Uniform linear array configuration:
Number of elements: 8
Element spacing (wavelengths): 0.25
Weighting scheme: cosine
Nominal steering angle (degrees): -45
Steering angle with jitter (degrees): -45.05
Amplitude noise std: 0.05
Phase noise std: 0.05

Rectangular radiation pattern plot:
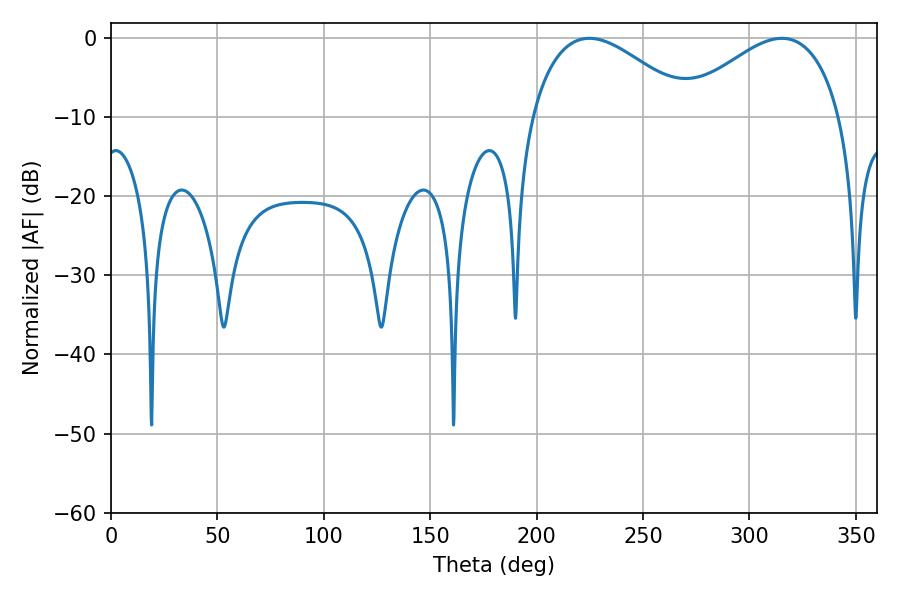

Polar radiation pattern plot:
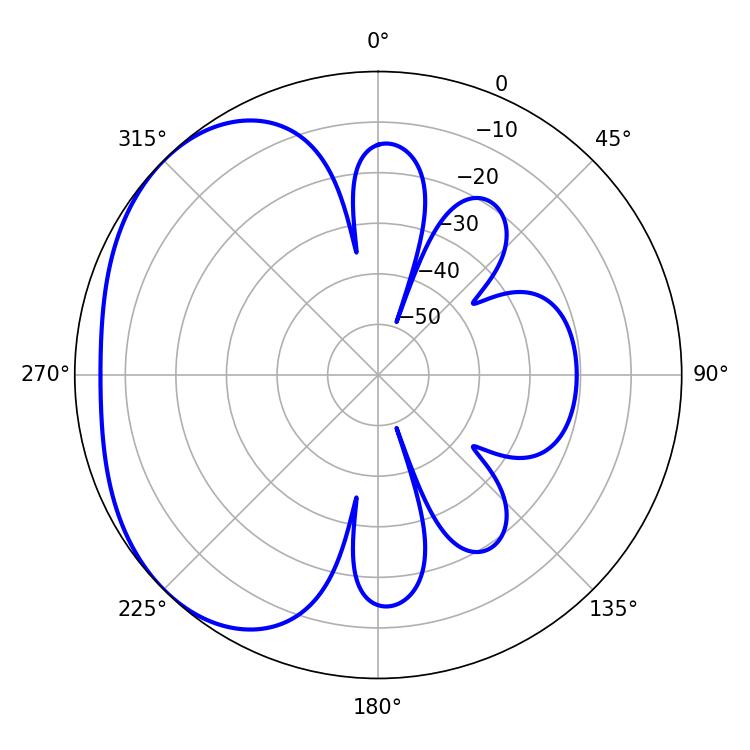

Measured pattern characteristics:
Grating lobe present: FALSE
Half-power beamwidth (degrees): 41.22
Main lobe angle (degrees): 224.82